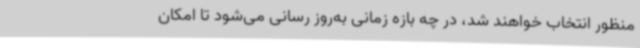
منظور انتخاب خواهند شد، در چه بازه زمانی به‌روز رسانی می‌شود تا امکان